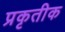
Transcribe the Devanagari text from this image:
प्रकृतीक